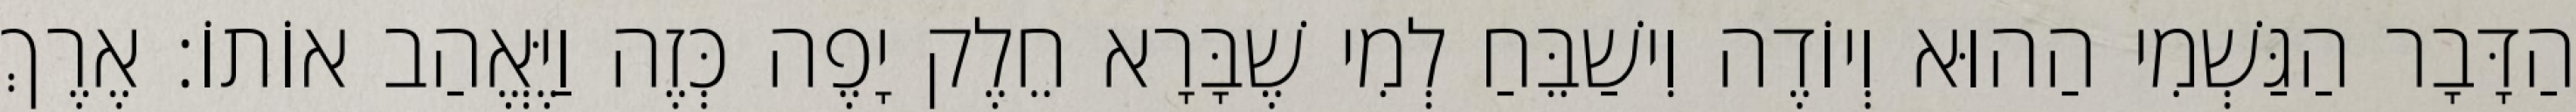
הַדָּבָר הַגַּשְׁמִי הַהוּא וְיוֹדֶה וִישַׁבֵּחַ לְמִי שֶׁבָּרָא חֵלֶק יָפֶה כְּזֶה וַיֶּאֱהַב אוֹתוֹ: אֶרֶךְ